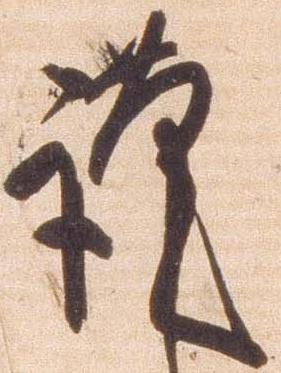
謹